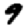
Digit: 9